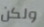
ولكن